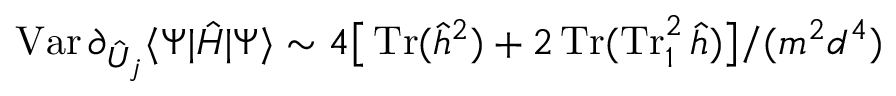
\operatorname { V a r } \partial _ { \hat { U } _ { j } } \langle \Psi | \hat { H } | \Psi \rangle \sim 4 \big [ \operatorname { T r } ( \hat { h } ^ { 2 } ) + 2 \operatorname { T r } ( \operatorname { T r } _ { 1 } ^ { 2 } \hat { h } ) \big ] / ( m ^ { 2 } d ^ { 4 } )